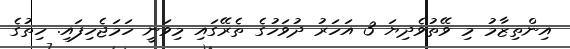
އިންތިޒާމު މި ވޭތުވެދިޔަ 3 އަހަރު ދުވަހުގެ ތެރޭގައި މިވަނީ ހަމަޖެހިފައި. ހިތުގެ